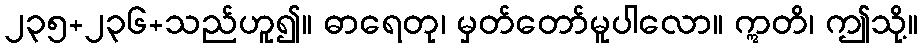
၂၃၅+၂၃၆+သည်ဟူ၍။ ဓာရေတု၊ မှတ်တော်မူပါလော။ ဣတိ၊ ဤသို့။